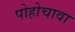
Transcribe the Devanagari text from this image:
पोहोचावा